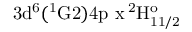
\mathrm { 3 d ^ { 6 } ( ^ { 1 } G 2 ) 4 p \ x \, ^ { 2 } H _ { 1 1 / 2 } ^ { o } }